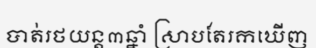
បាត់រថយន្ត៣ឆ្នាំ ស្រាបតែរកឃើញ